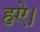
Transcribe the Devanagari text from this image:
हऐ।